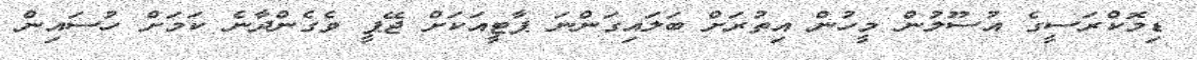
ޑިމޮކްރަސީގެ އުސޫލުން މީހުން އިތުރަށް ބަލައިގަންނަ ޕާޓީއަކަށް ޖޭޕީ ވެގެންދާނެ ކަމަށް ހުސައިން